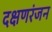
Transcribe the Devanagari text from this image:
दक्षणरंजन